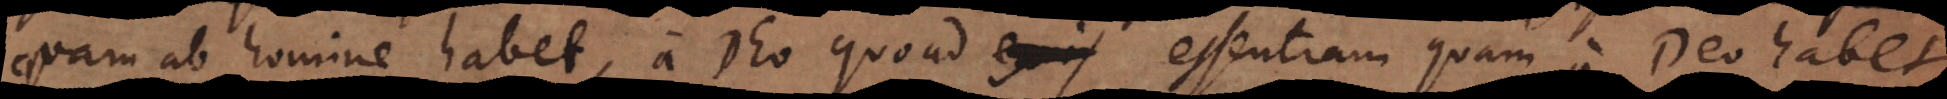
quam ab homine habet, a Deo quoad essentiam quam a Deo habet.